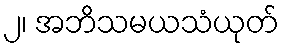
၂၊ အဘိသမယသံယုတ်